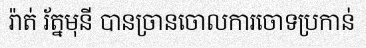
រ៉ាត់ រ័ត្នមុនី បានច្រានចោលការចោទប្រកាន់